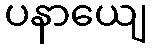
ပနာယျေ